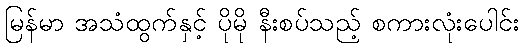
မြန်မာ အသံထွက်နှင့် ပိုမို နီးစပ်သည့် စကားလုံးပေါင်း